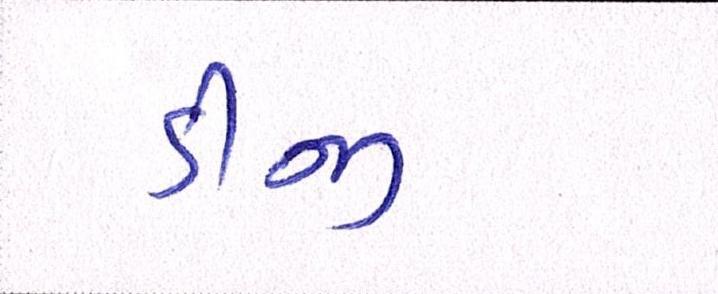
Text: ડીજી